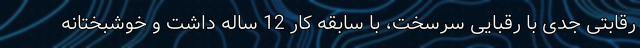
رقابتی جدی با رقبایی سرسخت، با سابقه کار 12 ساله داشت و خوشبختانه